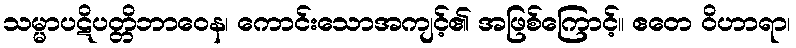
သမ္မာပဋိပတ္တိဘာဝေန၊ ကောင်းသောအကျင့်၏ အဖြစ်ကြောင့်။ ဧတေ ဝိဟာရာ၊